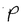
Character: P